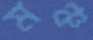
মঞ্চ